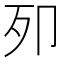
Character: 𭅵